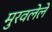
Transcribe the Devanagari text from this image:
मुरवलेले